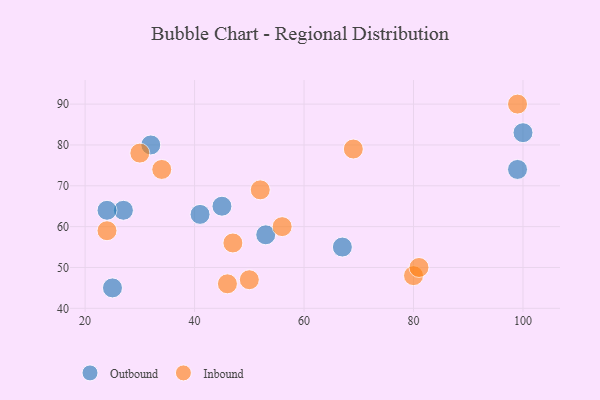
{"axis": {"x": "GDP", "y": "Life Expectancy"}, "legend": ["Inbound", "Outbound"], "data": [{"x": "27", "y": 64, "type": "Outbound"}, {"x": "67", "y": 55, "type": "Outbound"}, {"x": "99", "y": 74, "type": "Outbound"}, {"x": "100", "y": 83, "type": "Outbound"}, {"x": "45", "y": 65, "type": "Outbound"}, {"x": "41", "y": 63, "type": "Outbound"}, {"x": "24", "y": 64, "type": "Outbound"}, {"x": "25", "y": 45, "type": "Outbound"}, {"x": "32", "y": 80, "type": "Outbound"}, {"x": "53", "y": 58, "type": "Outbound"}, {"x": "99", "y": 90, "type": "Inbound"}, {"x": "52", "y": 69, "type": "Inbound"}, {"x": "34", "y": 74, "type": "Inbound"}, {"x": "50", "y": 47, "type": "Inbound"}, {"x": "80", "y": 48, "type": "Inbound"}, {"x": "69", "y": 79, "type": "Inbound"}, {"x": "46", "y": 46, "type": "Inbound"}, {"x": "56", "y": 60, "type": "Inbound"}, {"x": "30", "y": 78, "type": "Inbound"}, {"x": "47", "y": 56, "type": "Inbound"}, {"x": "24", "y": 59, "type": "Inbound"}, {"x": "81", "y": 50, "type": "Inbound"}]}